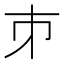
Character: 𪩲